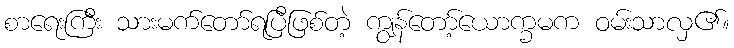
စာရေးကြီး သားမက်တော်ရပြီဖြစ်တဲ့ ကျွန်တော့်ယောက္ခမက ဝမ်းသာလှ၏။